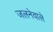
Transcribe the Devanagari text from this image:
जलनेवाले